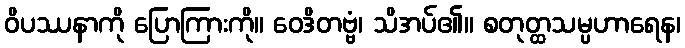
ဝိပဿနာကို ပြောကြားကို။ ဝေဒိတဗ္ဗံ၊ သိအပ်၏။ စတုတ္ထသမ္ပဟာရေန၊